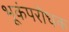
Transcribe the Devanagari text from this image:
भूकंपरोधक